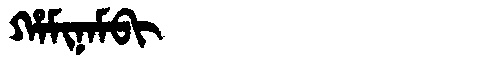
Manchu: ᡥᠠᠮᡳᠨᠠᠮᠪᡳ
Romanization: HAMINAMBI